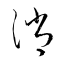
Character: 消